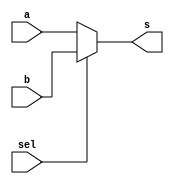
module mux (
    input sel,
    input [3:0] a,
    input [3:0] b,
    output [3:0] s
);
    reg [3:0] SR;
    always @(sel or a or b)
    begin
        if(sel == 1'b0)
        SR=a;
        else
        SR=b;
    end
    assign s=SR;
endmodule